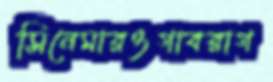
সিনেমারওগাবরাগ